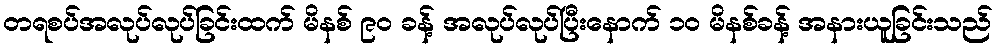
တရစပ်အလုပ်လုပ်ခြင်းထက် မိနစ် ၉၀ ခန့် အလုပ်လုပ်ပြီးနောက် ၁၀ မိနစ်ခန့် အနားယူခြင်းသည်